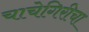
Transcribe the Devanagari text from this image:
चाचेगिरीचा